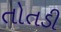
તોતડી